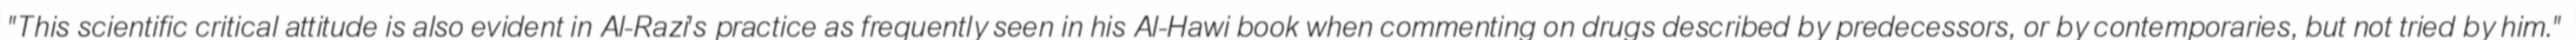
"This scientific critical attitude is also evident in Al-Razi's practice as frequently seen in his Al-Hawi book when commenting on drugs described by predecessors, or by contemporaries, but not tried by him."